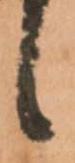
候